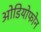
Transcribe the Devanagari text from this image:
ओडियोफोन